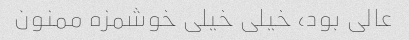
عالی بود، خیلی خیلی خوشمزه ممنون